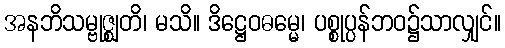
အနဘိသမ္ဗုဇ္ဈတိ၊ မသိ။ ဒိဋ္ဌေဝဓမ္မေ၊ ပစ္စုပ္ပန်ဘဝ၌သာလျှင်။